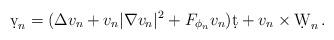
LaTeX: \begin{align*}\d v_n=(\Delta v_n+v_n|\nabla v_n|^2+F_{\phi _n}v_n)\d t+v_n\times \d W_n\,.\end{align*}